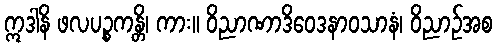
ဣဒါနိ ဖလပဉ္စကန္တိ၊ ကား။ ဝိညာဏာဒိဝေဒနာဝသာနံ၊ ဝိညာဉ်အစ